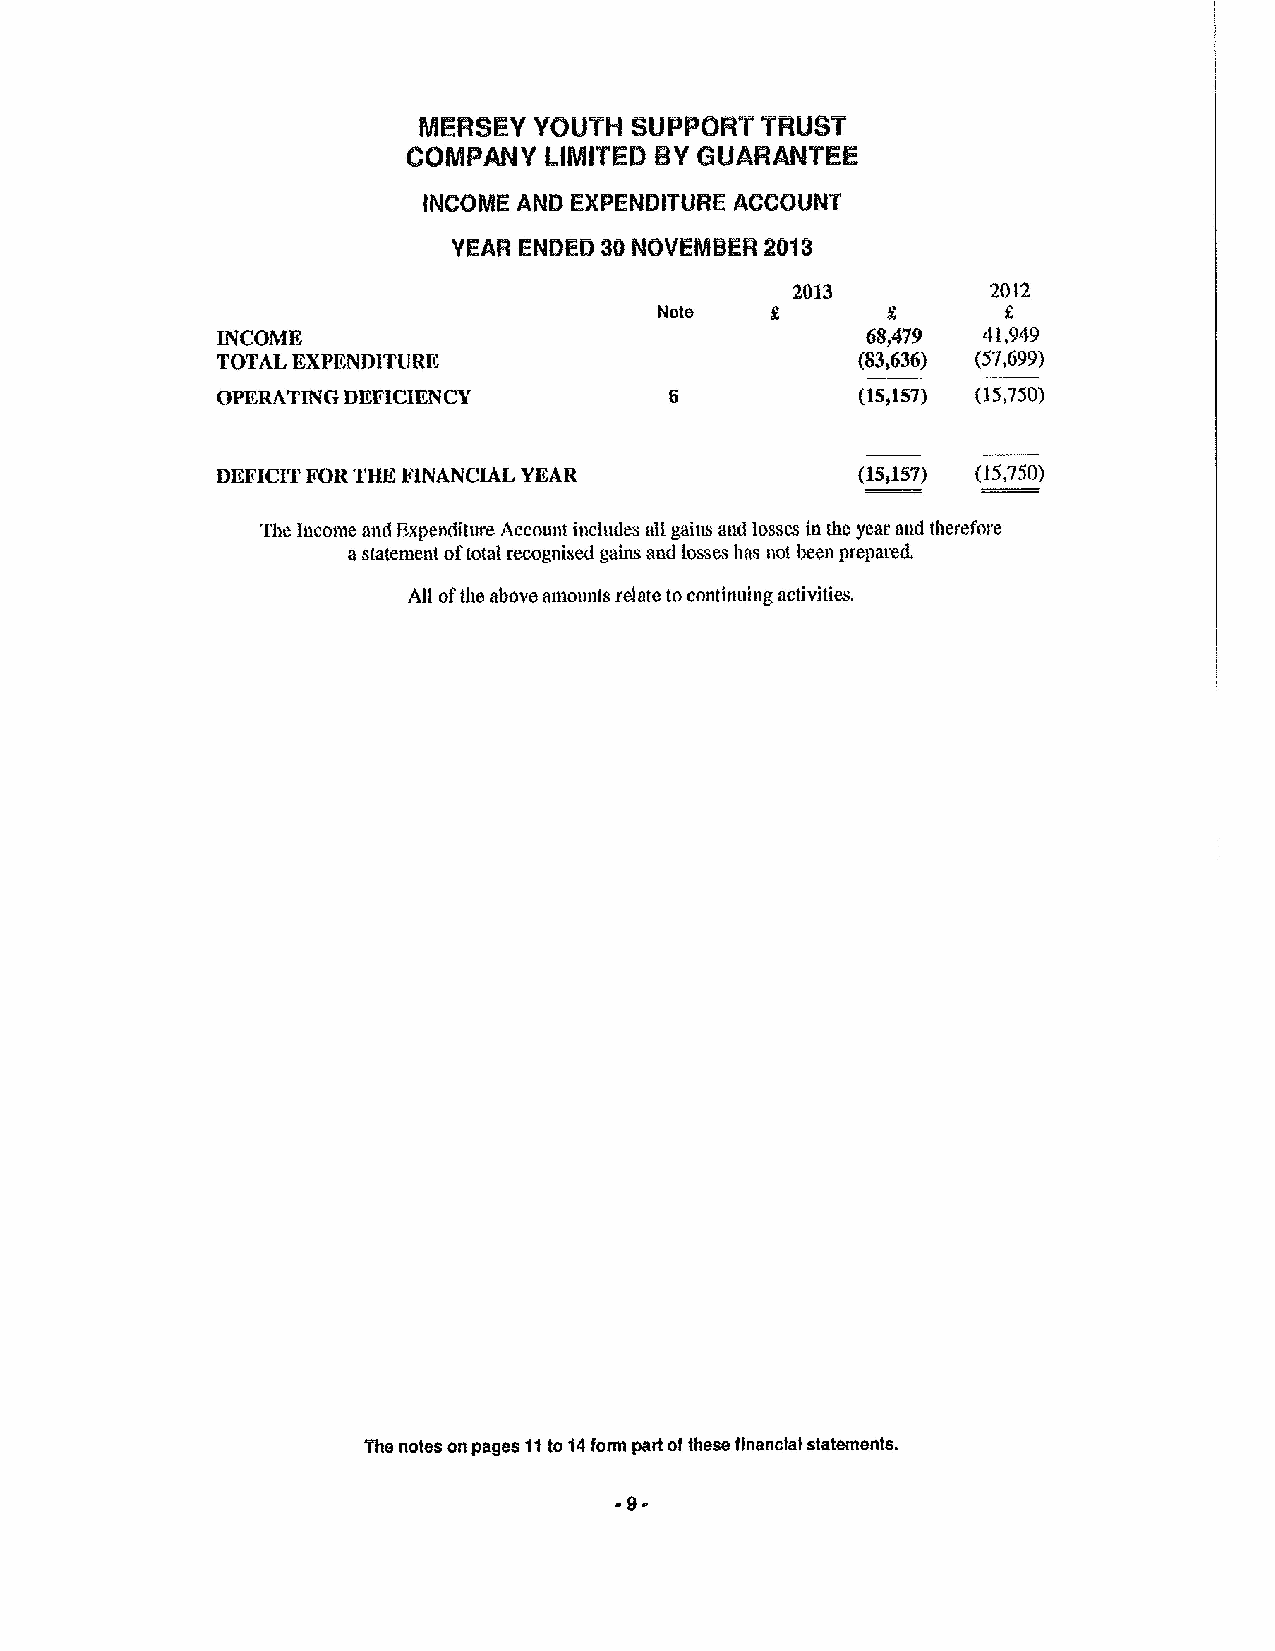
MERSEY YOUTH  SUPPORT TRUST
 t OMPMY  LlMlTED BYGUARANTEE
 INCOME AND EXPENDITURE ACCOUNT
 YEAR ENDED 30NOVEMBER 2013
 2013         2012
 Note
 INCOMK                                     68,479  41,949
 TOTAL KXPKNMTURK                           (83,636) (57,699)
 OPERATING DKFICIKNCY                       (15,157) (15,750)
 DKFICIT FOR%8KFINANCIAL VKAR               (15,157) (15,750)
 The Income and Pxpcnditure Account includes aH gains and losses in the year and therefore
 astatement oftotal recognised gains and losses has not been prepared.
 All ofthe above amounts relate tocontinuing activities.
 The notes on pages tt to t4 form part ofthese financial statements.